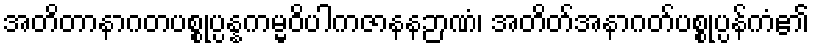
အတိတာနာဂတပစ္စုပ္ပန္နကမ္မဝိပါကဇာနနဉာဏံ၊ အတိတ်အနာဂတ်ပစ္စုပ္ပန်ကံ၏